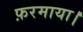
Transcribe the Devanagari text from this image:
फ़रमाया।